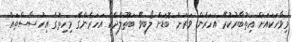
މިވާހަކައަށް އިތުބާރުކުރޭ އަހަރެން ވަރަށް ބޮޑަށް ލޯބިވޭ ބަތޫލްދެކެ އަހަރެންގެ މިހިތުގެ އިހުސާސްތައް